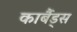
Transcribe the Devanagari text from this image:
कार्बैड्स